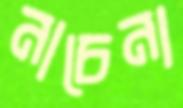
নাচেনা